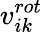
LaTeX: v_{ik}^{rot}